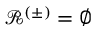
\mathcal { R } ^ { ( \pm ) } = \emptyset